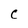
Character: C